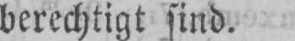
berechtigt sind.